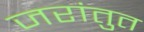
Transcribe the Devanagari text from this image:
जरांतुत